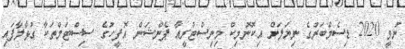
ނުވީ 2020 ޑިސެމްބަރުގެ ނިޔަލަށް އިކޮނޮމިކް މިނިސްޓްރީއާ ޕެންޝަން އޮފީހުގެ ސިސްޓަމްތަކާ ގުޅާލާފައި